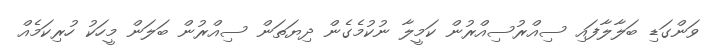
ވަންގަޑި ބަލާލާފައި ސިއްރުސިއްރުން ކަމީލާ ނުކުމެގެން ދިޔަތަން ސިއްރުން ބަލަން މީހަކު ހުރިކަމެއް